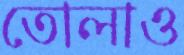
তোলাও